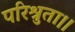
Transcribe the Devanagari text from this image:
परिश्रुता।।